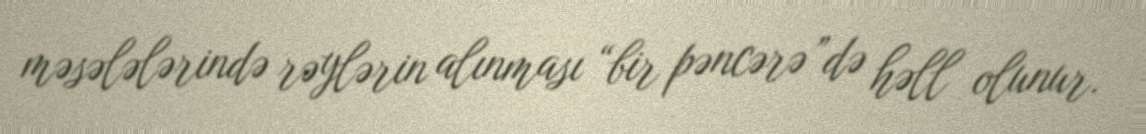
məsələlərində rəylərin alınması “bir pəncərə”də həll olunur.